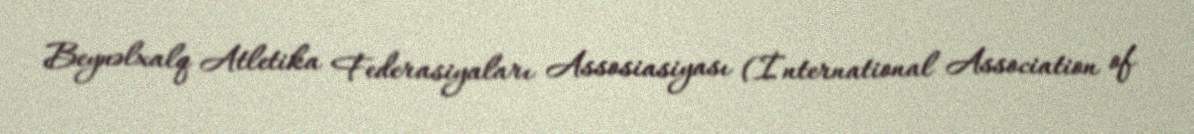
Beynəlxalq Atletika Federasiyaları Assosiasiyası (İnternational Association of